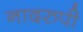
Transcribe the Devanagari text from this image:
नादरुपी